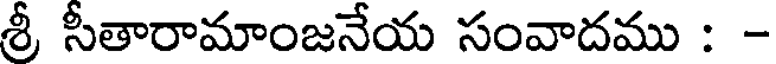
శ్రీ సీతారామాంజనేయ సంవాదము : -